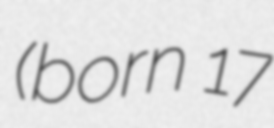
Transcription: (born 17